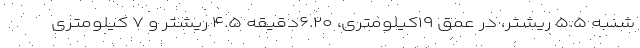
شنبه ۵.۵ ریشتر، در عمق ۱۹کیلومتری، ۶.۲۰دقیقه ۴.۵ ریشتر و ۷ کیلومتری